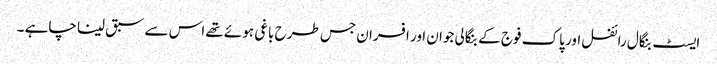
ایسٹ بنگال رائفل اور پاک فوج کے بنگالی جوان اور افسران جس طرح باغی ہوئے تھے اس سے سبق لینا چاہے ۔